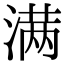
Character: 满